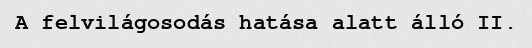
A felvilágosodás hatása alatt álló II.